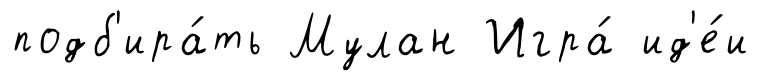
подб'ира́ть Мулан Игра́ ид'е́и